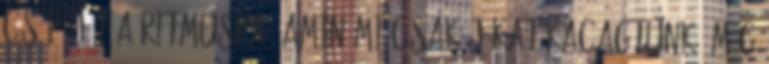
csípőjét a ritmusra, amin mi csak jókat kacagtunk. Még